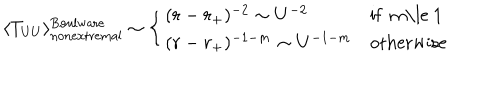
LaTeX: \langle T _ { U U } \rangle _ { \mathrm { n o n e x t r e m a l } } ^ { \mathrm { B o u l w a r e } } \sim \left\{ \begin{array} { l l } { { ( r - r _ { + } ) ^ { - 2 } \sim U ^ { - 2 } } } & { { \mathrm { i f ~ m \le ~ 1 ~ } } } \\ { { ( r - r _ { + } ) ^ { - 1 - m } \sim U ^ { - 1 - m } } } & { { \mathrm { o t h e r w i s e } } } \\ \end{array} \right.